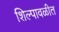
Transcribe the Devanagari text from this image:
शिल्पावळीत